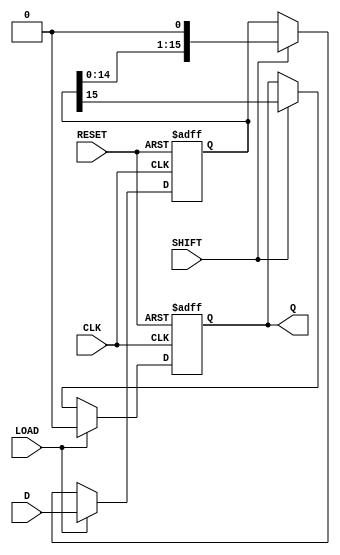
module PISO_Register (
    input wire [15:0] D,      // 16-bit parallel data input
    input wire LOAD,          // Load control signal
    input wire SHIFT,         // Shift control signal
    input wire CLK,           // Clock signal
    input wire RESET,         // Asynchronous reset signal
    output reg Q              // Serial output
);

    reg [15:0] shift_reg;     // 16-bit shift register

    // Asynchronous reset and loading data
    always @(posedge CLK or posedge RESET) begin
        if (RESET) begin
            shift_reg <= 16'b0; // Clear the shift register
            Q <= 1'b0;          // Clear the serial output
        end else if (LOAD) begin
            shift_reg <= D;     // Load data into shift register
            Q <= 1'b0;          // Clear output when loading
        end else if (SHIFT) begin
            Q <= shift_reg[15]; // Output the MSB
            shift_reg <= {shift_reg[14:0], 1'b0}; // Shift left
        end
    end

endmodule